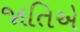
જાતિએ